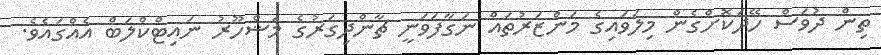
ތިން ދުވަސް ހޭދަކޮށްގެން މިލަވައިގެ މަންޒަރުތައް ނަގާފަވަނީ ޗާންދިގަރުގެ މަޝްހޫރު ނައިޓްކްލަބް އެއްގައެވެ.